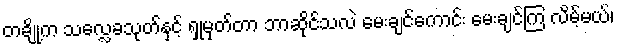
တချို့က သလ္လေခသုတ်နှင့် ရှုမှတ်တာ ဘာဆိုင်သလဲ မေးချင်ကောင်း မေးချင်ကြ လိမ့်မယ်၊